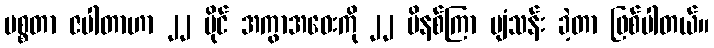
မစ္စတာ ဇပါတာဟာ ၂၂ မိုင် အကွာအဝေးကို ၂၂ မိနစ်ကြာ ပျံသန်း ခဲ့တာ ဖြစ်ပါတယ်။